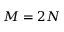
M = 2 N